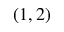
( 1 , 2 )